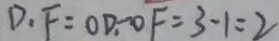
D _ { 1 } F = O D _ { 1 } - O F = 3 - 1 = 2